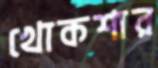
খোকশার